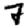
Digit: 7